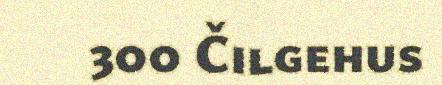
300 Čilgehus